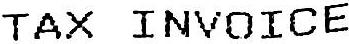
TAX INVOICE